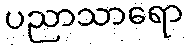
ပညာသာရော